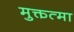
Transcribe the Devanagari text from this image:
मुक्तत्मा